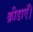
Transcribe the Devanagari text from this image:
क्रीडाएँ।